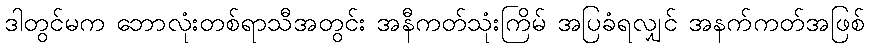
ဒါတွင်မက ဘောလုံးတစ်ရာသီအတွင်း အနီကတ်သုံးကြိမ် အပြခံရလျှင် အနက်ကတ်အဖြစ်